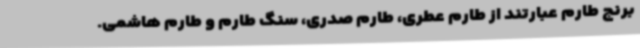
برنج طارم عبارتند از طارم عطری، طارم صدری، سنگ طارم و طارم هاشمی.